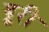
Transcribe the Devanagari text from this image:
ड्रूरी